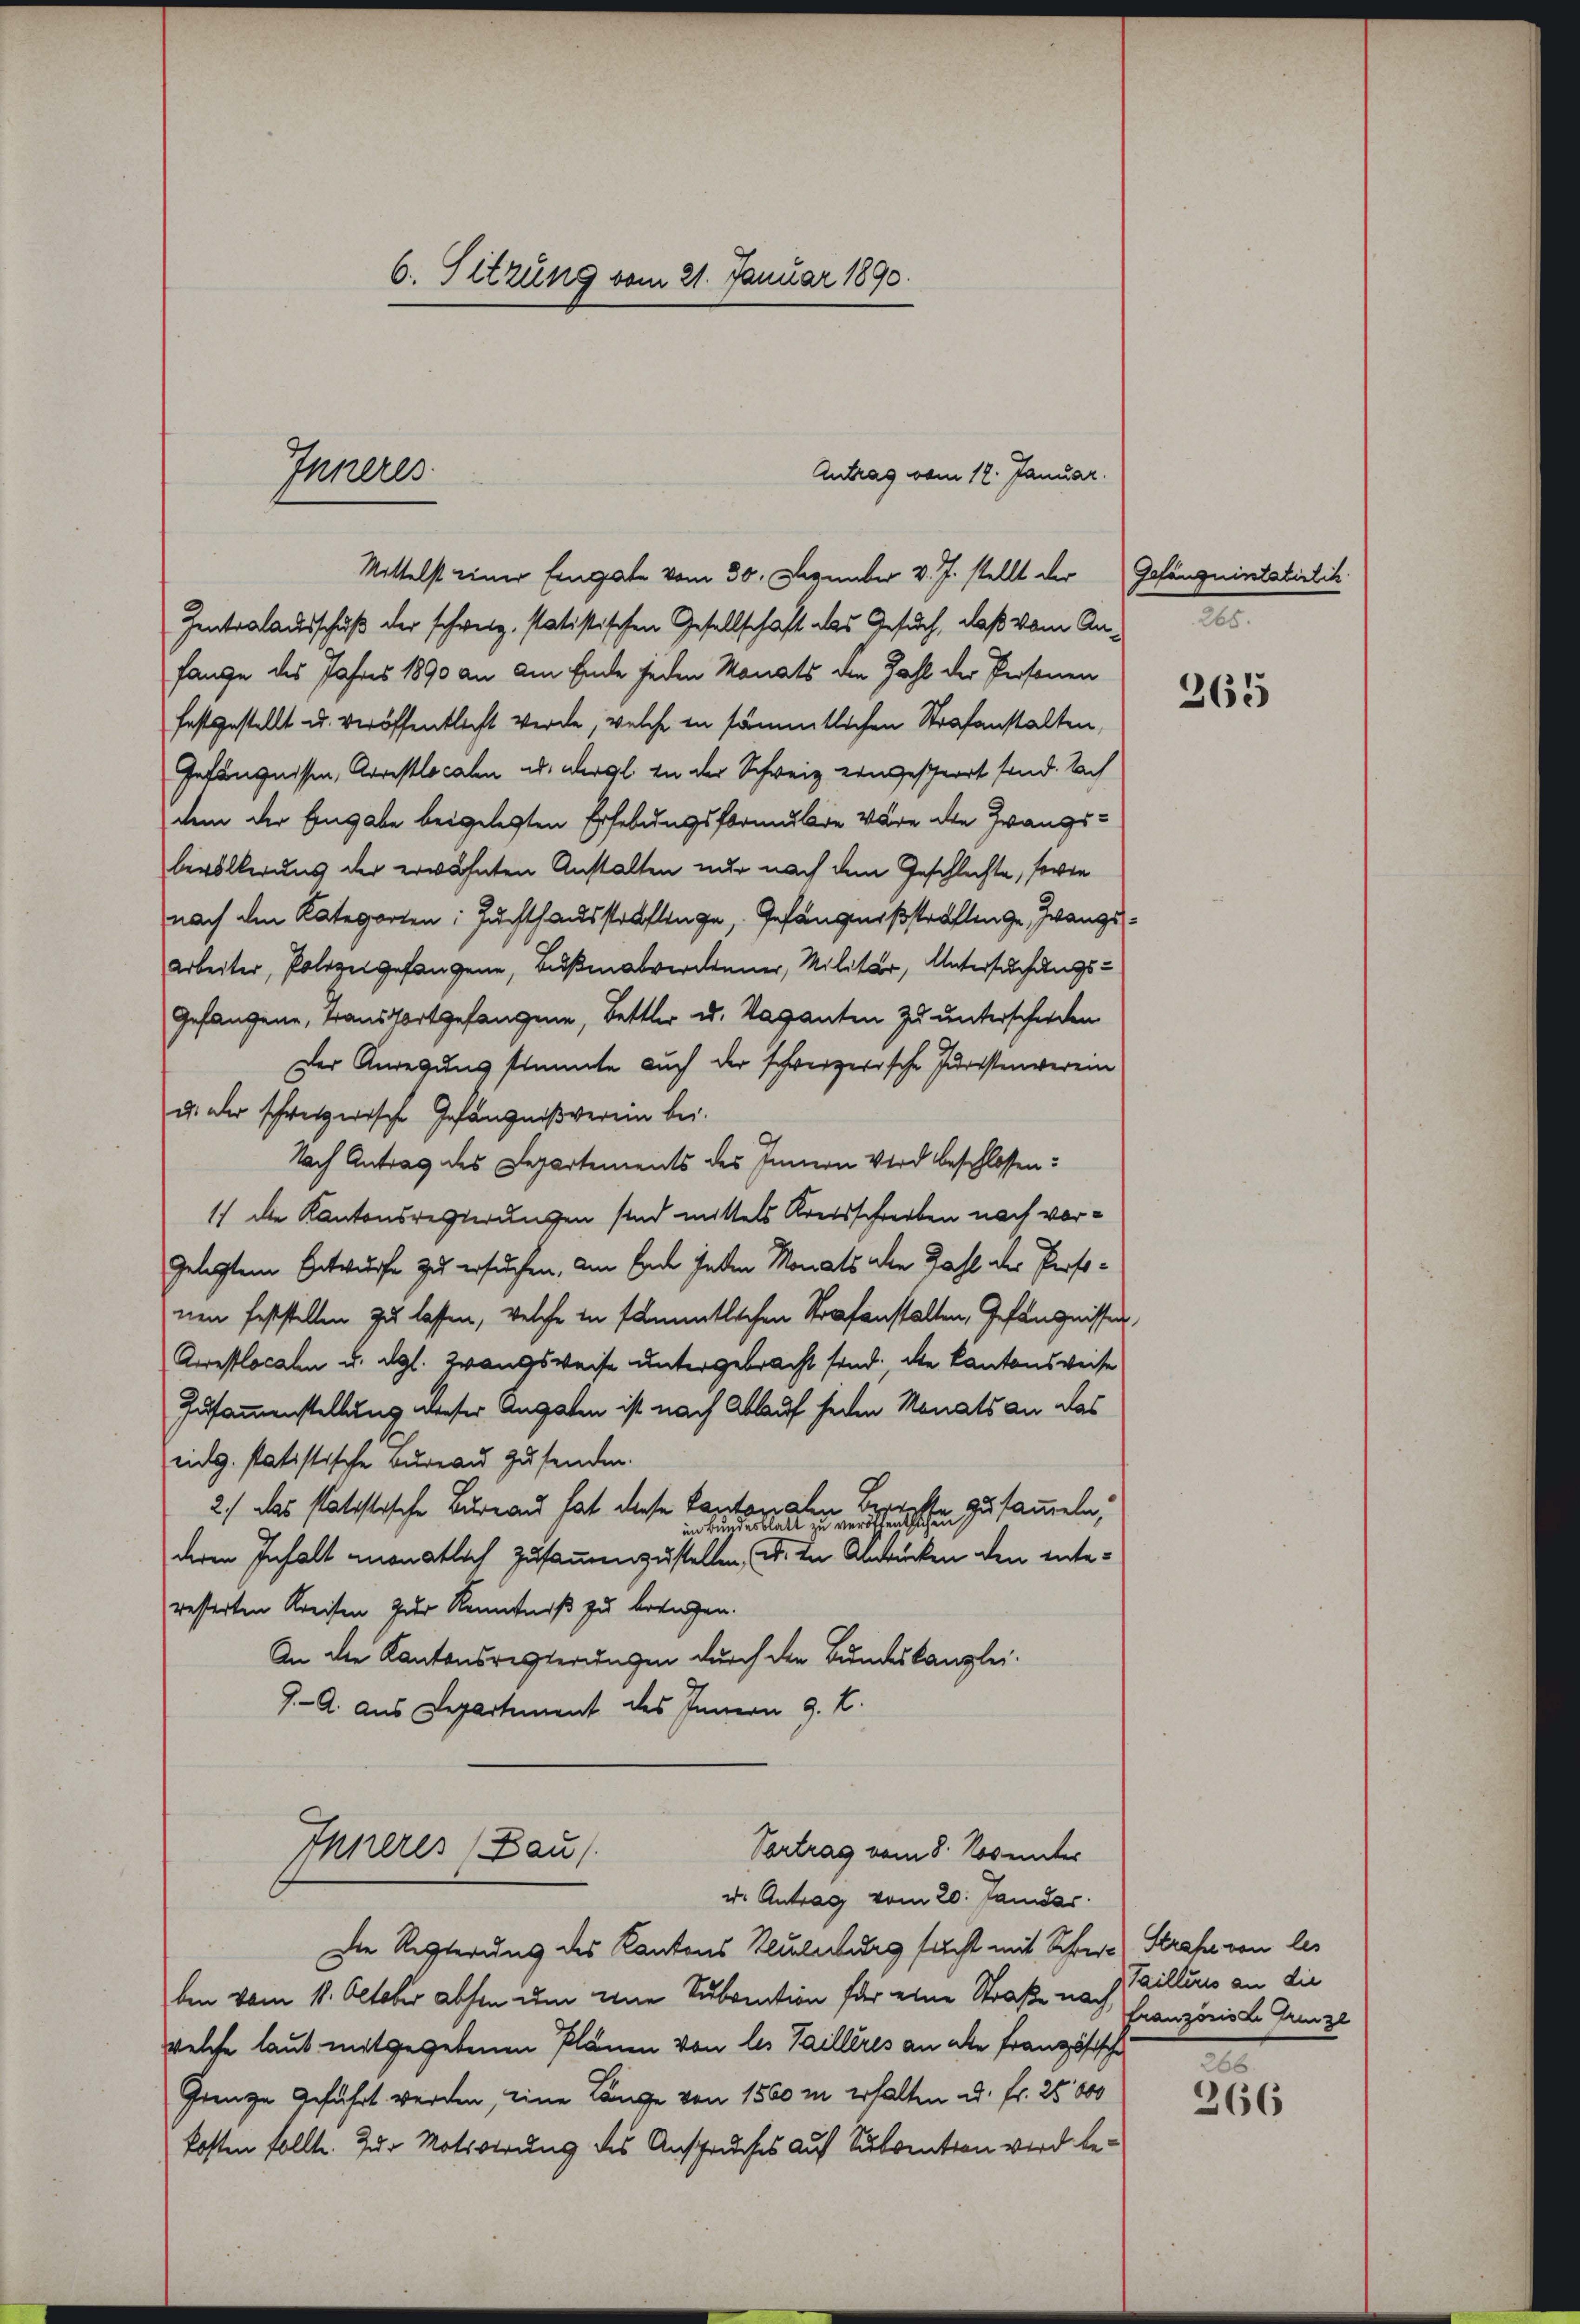
6. Sitzung vom 21. Januar 1890.

Antrag vom 12. Januar.
Mittelst einer Eingabe vom 30. Dezember v. J. stellt der
Zentralausschuß der schweiz. statistischen Gesellschaft das Gesuch, daß vom Anfange des Jahres 1890 an am Ende jeden Monats die Zahl der Personen
festgestellt u. veröffentlicht werde, welche in sämmtlichen Strafanstalten,
Gefängnissen, Arrestlocalen ad dergl. in der Schweiz eingeschwort sond. Nach
dem der Eingabe beigelegten Erhebungsformulie Wäre die Zwangs-
bevölkerung der erwähnten Anstalten nur nach dem Geschlechte, sowie
nach den Kategorten: Juchthausstraflinge, Gefängnißstraflinge, Zwangs¬
Arbeiter, Polizeigefangene, Bußenabverdinner, Militär, Untersuchungs-
Gefangene, Transfortgefangene, Bettler u. Vaganten zu unterschieden
Der Anregung stimmte auch der schweizerische Juristenverein
u. der schweizerische Gefängnißverein bei.
Nach Antrag des Departements des Innern Wird beschlossen:
1) die Kantonsregierungen sind mittels Kreisschreiben noch vorgelegten Entwürfe zu ersuchen, am Ende hatten Monats alle Zahl der Personen Feststellen zu lassen, welche in sämmtlichen Strafanstalten, Gefängnissen
Arrestlocalen u. dgl. Zwangsweise untergebracht sind, die Kantonsweise
Zusammenstellung dieser Angaben ist nach Ablauf jeden Monats an das
eidg. statistische Bureau zusenden.
2.) Das statistische Bureau hat diese Kantonalen Berichte
in Bundesblatt zu veröffentlichen zusammeln,
deren Inhalt monatlich zusammenzustellen, u. in Abbrücken den interesterten Kreisen zur Kenntniß zu bezügen.
An die Kantonsregierungen durch der Bundeskanzlei-
J. A. aus Departement des Innern G. K.
Inneres (Bau
Vortrag vom 8. Novemter
u. Antrag vom 20. Janidar
Die Regierung des Kantons Keulerburg sucht mit Schwere Strafe von les
ben vom 11. October absen um eine Subvention für eine Straße nach Granzösische Grenzl
welche laut mitgegebenen Plänen von les Tailleres an alle Französische
Grenze Geführt werden, eine Länge von 1500 m erhalten u. fr. 25000
kosten sollte. Zur Motivirung des Anspruches auf Subvention wird be¬

Ihreres

Gefängnisstatistik
265.

265

Tailles an die

2
366